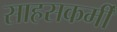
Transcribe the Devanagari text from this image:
साहसकर्मी